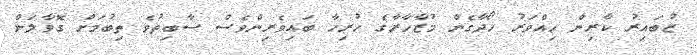
ޒުބައިރު ކާރިން ހިއްވަރު ހޯދާގެން މުޒާހާރާގެ ހުރިހާ ބައިވެރިންވެސް ސާބިތުވެ ތިބުމަށް ގޮވާލަން